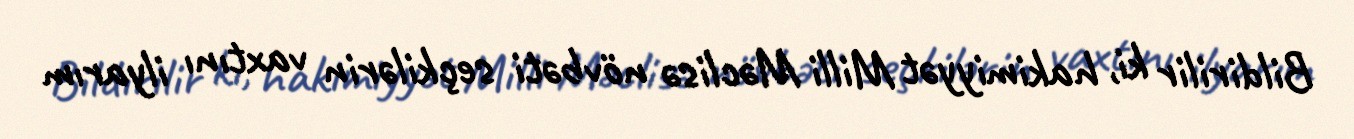
Bildirilir ki, hakimiyyət Milli Məclisə növbəti seçkilərin vaxtını ilyarım